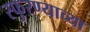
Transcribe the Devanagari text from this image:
स्फुरण्याच्या